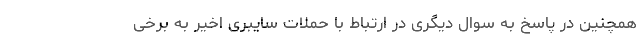
همچنین در پاسخ به سوال دیگری در ارتباط با حملات سایبری اخیر به برخی